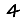
Digit: 4